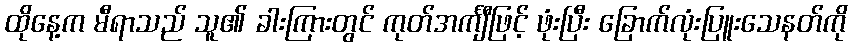
ထိုနေ့က မီရာသည် သူ၏ ခါးကြားတွင် ကုတ်အင်္ကျီဖြင့် ဖုံးပြီး ခြောက်လုံးပြူးသေနတ်ကို